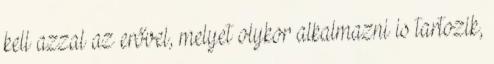
kell azzal az erővel, melyet olykor alkalmazni is tartozik,